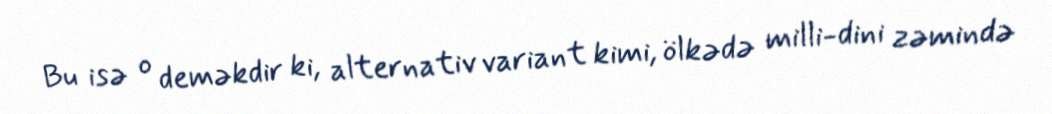
Bu isə o deməkdir ki, alternativ variant kimi, ölkədə milli-dini zəmində